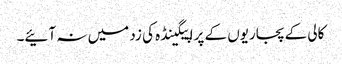
کالی کے پجاریوں کے پراپیگینڈہ کی زد میں نہ آئیے۔